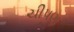
ચીપણ